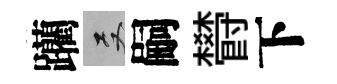
躪双嗣欎下